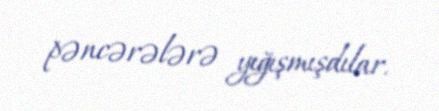
pəncərələrə yığışmışdılar.